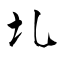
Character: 圠